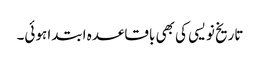
تاریخ نویسی کی بھی باقاعدہ ابتدا ہوئی۔